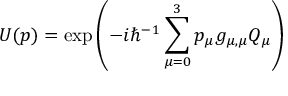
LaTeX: U ( p ) = \exp \left( - i \hbar ^ { - 1 } \sum _ { \mu = 0 } ^ { 3 } p _ { \mu } g _ { \mu , \mu } Q _ { \mu } \right)